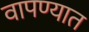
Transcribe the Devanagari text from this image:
वापण्यात